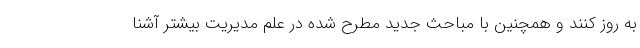
به روز کنند و همچنین با مباحث جدید مطرح شده در علم مدیریت بیشتر آشنا